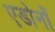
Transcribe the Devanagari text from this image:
एडोर्नों